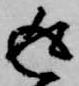
返